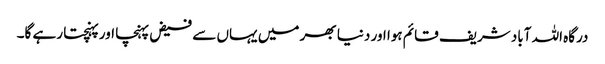
درگاہ اللہ آباد شریف قائم ہوا اور دنیا بھر میں یہاں سے فیض پہنچا اور پہنچتا رہے گا۔